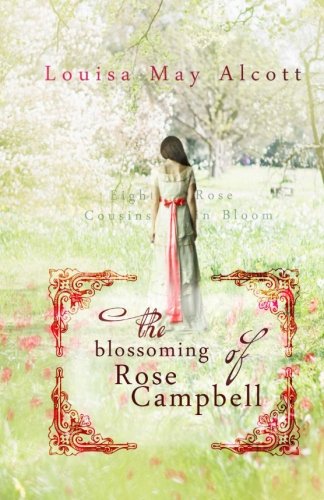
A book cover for The Blossoming Of Rose Campbell; Louisa May Alcott; Romance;